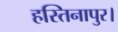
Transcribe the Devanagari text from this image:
हस्तिनापुर।